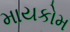
માયકોમ